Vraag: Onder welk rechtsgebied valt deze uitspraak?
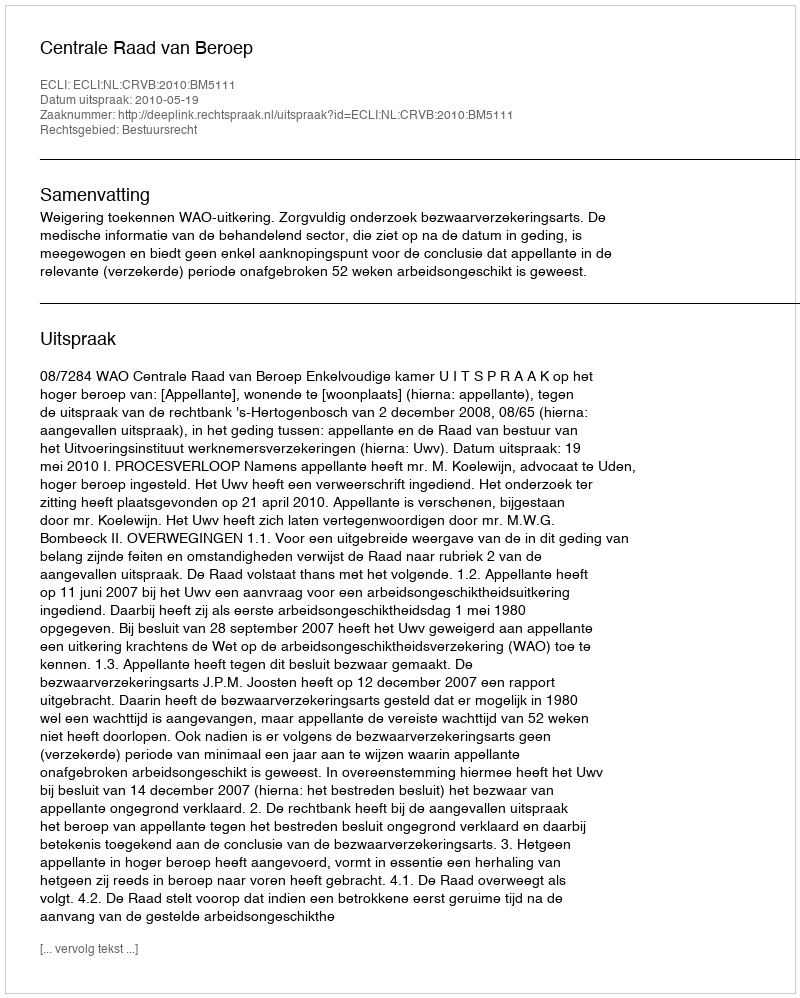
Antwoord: Bestuursrecht